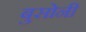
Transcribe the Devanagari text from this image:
बुसोनी